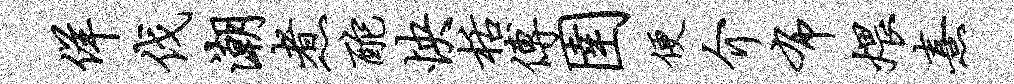
佯伐潮煮酡怏栝傅圉便介布煨熹